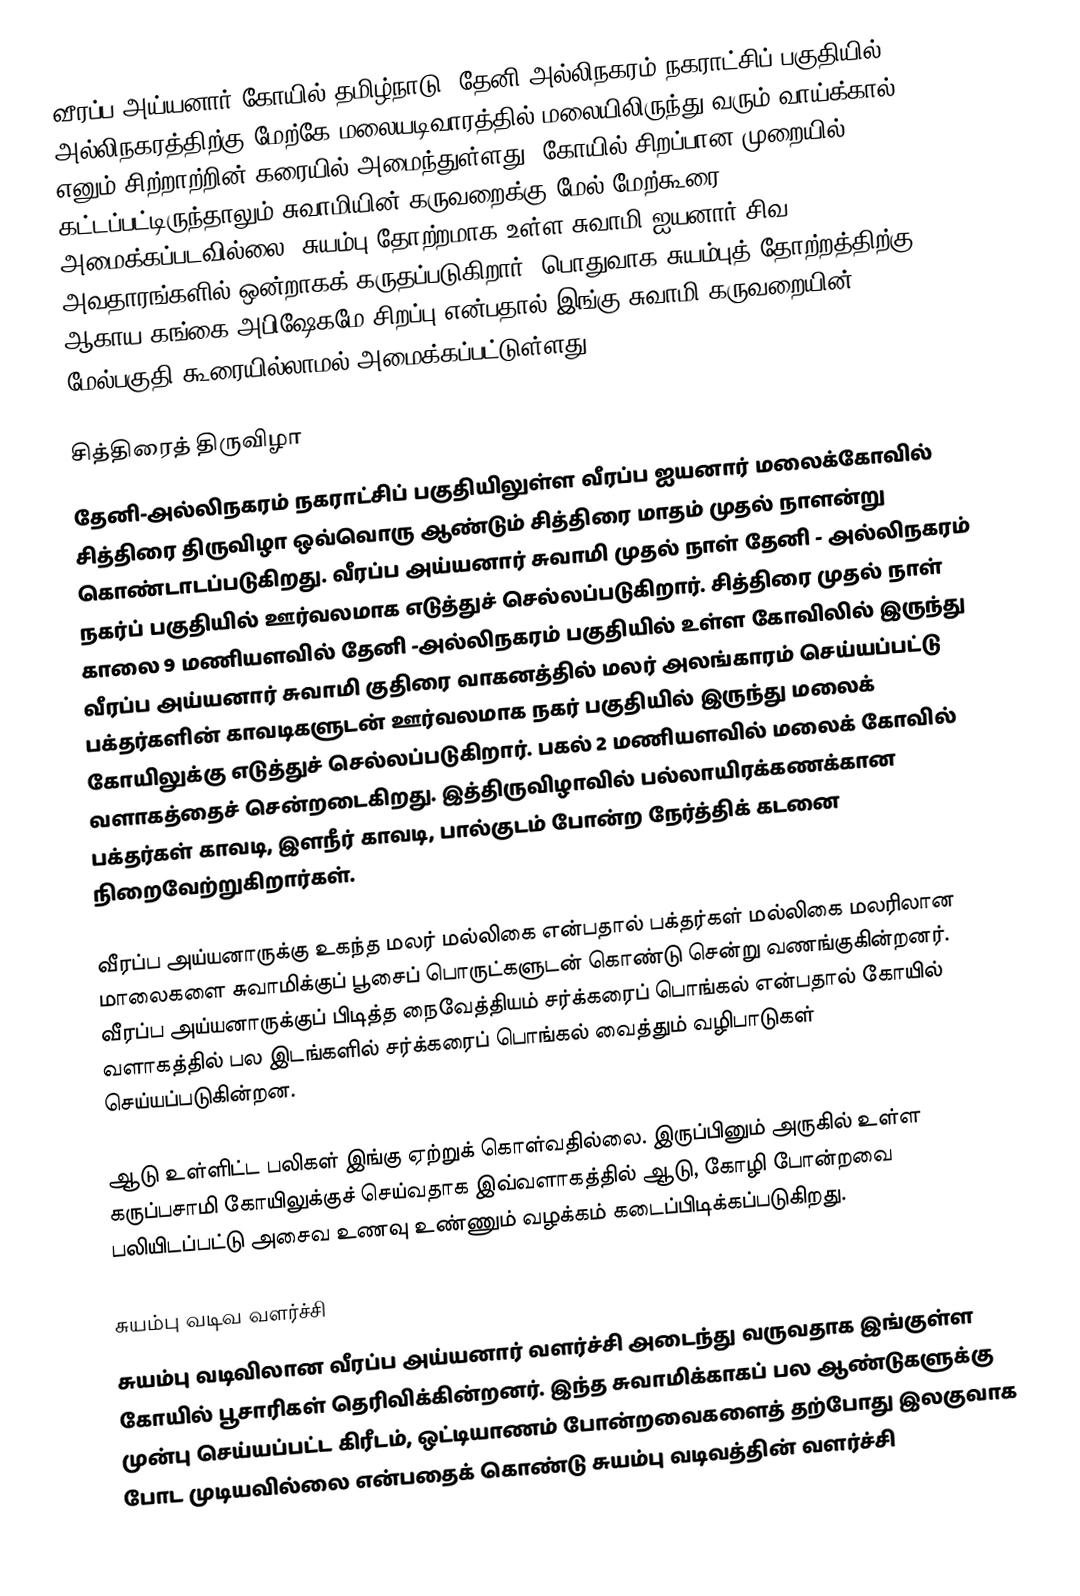
வீரப்ப அய்யனார் கோயில் தமிழ்நாடு, தேனி-அல்லிநகரம் நகராட்சிப் பகுதியில் அல்லிநகரத்திற்கு மேற்கே மலையடிவாரத்தில் மலையிலிருந்து வரும் வாய்க்கால் எனும் சிற்றாற்றின் கரையில் அமைந்துள்ளது. கோயில் சிறப்பான முறையில் கட்டப்பட்டிருந்தாலும் சுவாமியின் கருவறைக்கு மேல் மேற்கூரை அமைக்கப்படவில்லை. சுயம்பு தோற்றமாக உள்ள சுவாமி ஐயனார் சிவ அவதாரங்களில் ஒன்றாகக் கருதப்படுகிறார். பொதுவாக சுயம்புத் தோற்றத்திற்கு ஆகாய கங்கை அபிஷேகமே சிறப்பு என்பதால் இங்கு சுவாமி கருவறையின் மேல்பகுதி கூரையில்லாமல் அமைக்கப்பட்டுள்ளது.

சித்திரைத் திருவிழா
தேனி-அல்லிநகரம் நகராட்சிப் பகுதியிலுள்ள வீரப்ப ஐயனார் மலைக்கோவில் சித்திரை திருவிழா ஒவ்வொரு ஆண்டும் சித்திரை மாதம் முதல் நாளன்று கொண்டாடப்படுகிறது. வீரப்ப அய்யனார் சுவாமி முதல் நாள் தேனி - அல்லிநகரம் நகர்ப் பகுதியில் ஊர்வலமாக எடுத்துச் செல்லப்படுகிறார். சித்திரை முதல் நாள் காலை 9 மணியளவில் தேனி -அல்லிநகரம் பகுதியில் உள்ள கோவிலில் இருந்து வீரப்ப அய்யனார் சுவாமி குதிரை வாகனத்தில் மலர் அலங்காரம் செய்யப்பட்டு பக்தர்களின் காவடிகளுடன் ஊர்வலமாக  நகர் பகுதியில் இருந்து மலைக் கோயிலுக்கு எடுத்துச் செல்லப்படுகிறார். பகல் 2 மணியளவில் மலைக் கோவில் வளாகத்தைச் சென்றடைகிறது. இத்திருவிழாவில் பல்லாயிரக்கணக்கான பக்தர்கள் காவடி, இளநீர் காவடி, பால்குடம் போன்ற நேர்த்திக் கடனை நிறைவேற்றுகிறார்கள்.

வீரப்ப அய்யனாருக்கு உகந்த மலர் மல்லிகை என்பதால் பக்தர்கள் மல்லிகை மலரிலான மாலைகளை சுவாமிக்குப் பூசைப் பொருட்களுடன் கொண்டு சென்று வணங்குகின்றனர். வீரப்ப அய்யனாருக்குப் பிடித்த நைவேத்தியம் சர்க்கரைப் பொங்கல் என்பதால் கோயில் வளாகத்தில் பல இடங்களில் சர்க்கரைப் பொங்கல் வைத்தும் வழிபாடுகள் செய்யப்படுகின்றன.

ஆடு உள்ளிட்ட பலிகள் இங்கு ஏற்றுக் கொள்வதில்லை. இருப்பினும் அருகில் உள்ள கருப்பசாமி கோயிலுக்குச் செய்வதாக இவ்வளாகத்தில் ஆடு, கோழி போன்றவை பலியிடப்பட்டு அசைவ உணவு உண்ணும் வழக்கம் கடைப்பிடிக்கப்படுகிறது.

சுயம்பு வடிவ வளர்ச்சி
சுயம்பு வடிவிலான வீரப்ப அய்யனார் வளர்ச்சி அடைந்து வருவதாக இங்குள்ள கோயில் பூசாரிகள் தெரிவிக்கின்றனர். இந்த சுவாமிக்காகப் பல ஆண்டுகளுக்கு முன்பு செய்யப்பட்ட கிரீடம், ஒட்டியாணம் போன்றவைகளைத் தற்போது இலகுவாக போட முடியவில்லை என்பதைக் கொண்டு சுயம்பு வடிவத்தின் வளர்ச்சி